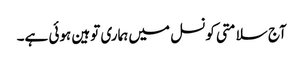
آج سلامتی کونسل میں ہماری توہین ہوئی ہے۔